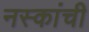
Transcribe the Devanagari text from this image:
नस्कांची